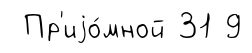
Пр'иjо́мной 31 9